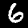
Digit: 6